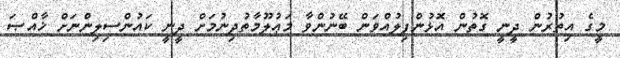
މީގެ އިތުރުން ދީނީ ގޮތުން އޮޅުންފިލުއްވަން ބޭނުންވާ މަޢުލޫމާތުދިނުމަށް ދީނީ ކައުންސިލިންނަށް ޚާއްޞަ